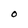
Character: O